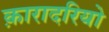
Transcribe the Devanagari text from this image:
क़ारादरियो